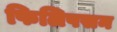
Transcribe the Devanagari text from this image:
फिलिपसन